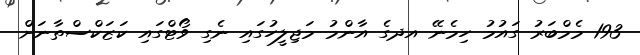
193 މެމްބަރު ގައުމު ހިމެނޭ އދގެ އާންމު މަޖިލީހުގައި ނެގި ވޯޓްގައި ކަޒަކްސްތާނަށް